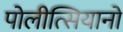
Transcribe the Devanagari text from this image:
पोलीत्सियानो